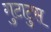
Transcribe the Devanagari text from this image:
गुटाटुस